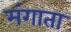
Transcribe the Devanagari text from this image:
मंगाता